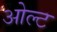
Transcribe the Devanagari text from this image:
ओल्ट